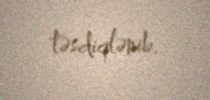
təsdiqlənib.